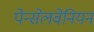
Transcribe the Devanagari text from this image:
पेन्सेलवेनियन